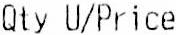
QTY U/PRICE